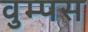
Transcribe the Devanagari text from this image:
वुम्पस